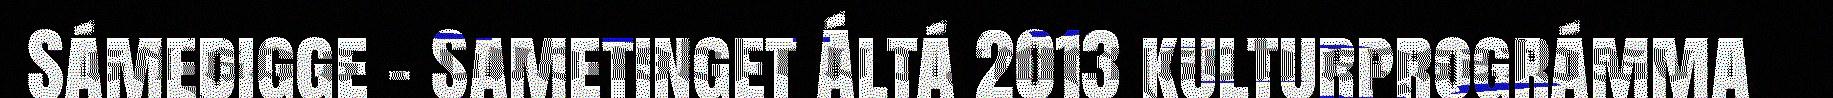
Sámedigge - Sametinget Áltá 2013 kulturprográmma